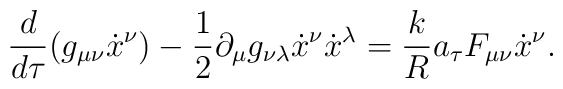
\frac{d}{d\tau}(g_{\mu \nu} {\dot{x}}^\nu) - \frac{1}{2}\partial_\mu g_{\nu \lambda} {\dot{x}}^\nu {\dot{x}}^\lambda = \frac{k}{R}{a_\tau} F_{\mu \nu} {\dot{x}}^\nu .